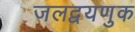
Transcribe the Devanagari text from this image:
जलद्वयणुक